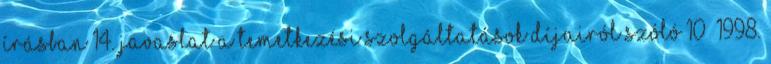
írásban 14. Javaslat a temetkezési szolgáltatások díjairól szóló 10 1998.